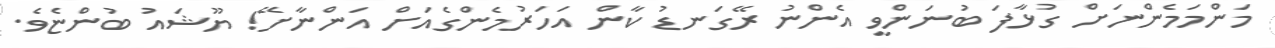
މަންމަމެންނަށް ގުޅާފަ ބުނަންވީ އެންނު ރޭގަނޑު ކާން އަހަރުމެންގެއަށް އަންނާށޭ! ޔޫޝައު ބުންޏެވެ.